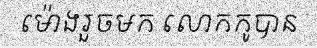
ម៉ោងរួចមក លោកកូបាន